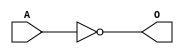
module JCINVD1(A, O);
input   A;
output  O;
not g0(O, A);
endmodule